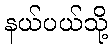
နယ်ပယ်သို့